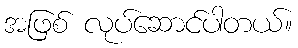
အဖြစ် လုပ်ဆောင်ပါတယ်။